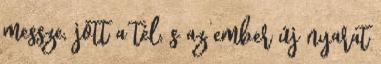
messze, jött a tél, s az ember új nyarat